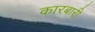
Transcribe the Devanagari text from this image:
कारबारी